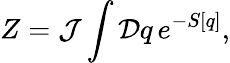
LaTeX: Z={\cal J}\int{\cal D}q\, e^{-S[q]},